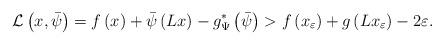
LaTeX: \begin{align*}\mathcal{L}\left(x,\bar{\psi}\right)=f\left(x\right)+\bar{\psi}\left(Lx\right)-g^{*}_\Psi\left(\bar{\psi}\right)>f\left(x_{\varepsilon}\right)+g\left(Lx_{\varepsilon}\right)-2\varepsilon.\end{align*}